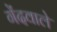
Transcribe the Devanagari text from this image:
गेंदवाले